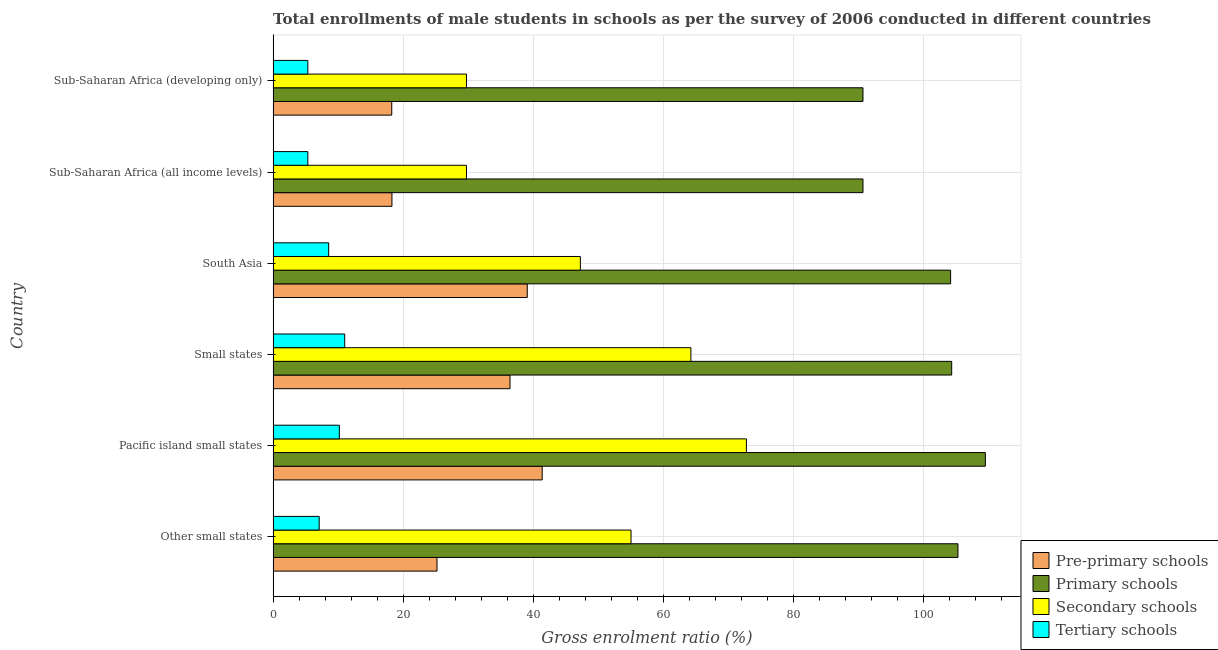
| Country | Pre-primary schools | Primary schools | Secondary schools | Tertiary schools |
 | --- | --- | --- | --- | --- |
 | Other small states | 25.2 | 105 | 55.1 | 7.09 |
 | Pacific island small states | 41.4 | 110 | 72.8 | 10.2 |
 | Small states | 36.4 | 104 | 64.3 | 11 |
 | South Asia | 39.1 | 104 | 47.3 | 8.55 |
 | Sub-Saharan Africa (all income levels) | 18.3 | 90.7 | 29.7 | 5.34 |
 | Sub-Saharan Africa (developing only) | 18.2 | 90.7 | 29.7 | 5.34 |